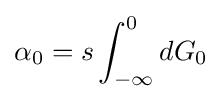
\alpha _{0}=s\int _{-\infty }^{0}dG_{0}